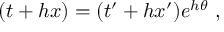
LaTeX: ( t + h x ) = ( t ^ { \prime } + h x ^ { \prime } ) e ^ { h \theta } ~ ,